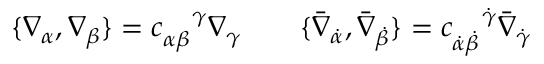
\{ \nabla _ { \alpha } , \nabla _ { \beta } \} = c _ { \alpha \beta } ^ { \enspace \enspace \gamma } \nabla _ { \gamma } \qquad \{ \bar { \nabla } _ { \dot { \alpha } } , \bar { \nabla } _ { \dot { \beta } } \} = c _ { \dot { \alpha } \dot { \beta } } ^ { \enspace \enspace \dot { \gamma } } \bar { \nabla } _ { \dot { \gamma } }